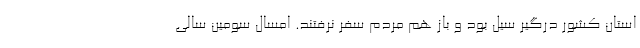
استان کشور درگیر سیل بود و باز هم مردم سفر نرفتند. امسال سومین سالی